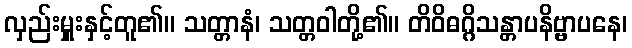
လှည်းမှူးနှင့်တူ၏။ သတ္တာနံ၊ သတ္တဝါတို့၏။ တိဝိဓဂ္ဂိသန္တာပနိဗ္ဗာပနေ၊